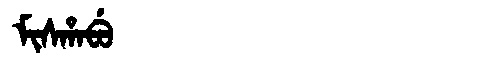
Manchu: ᠮᡳᠰᡥᠠᠪᡠ
Romanization: MISHABU